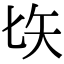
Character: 𠤑